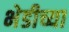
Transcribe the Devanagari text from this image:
भेडीच्या